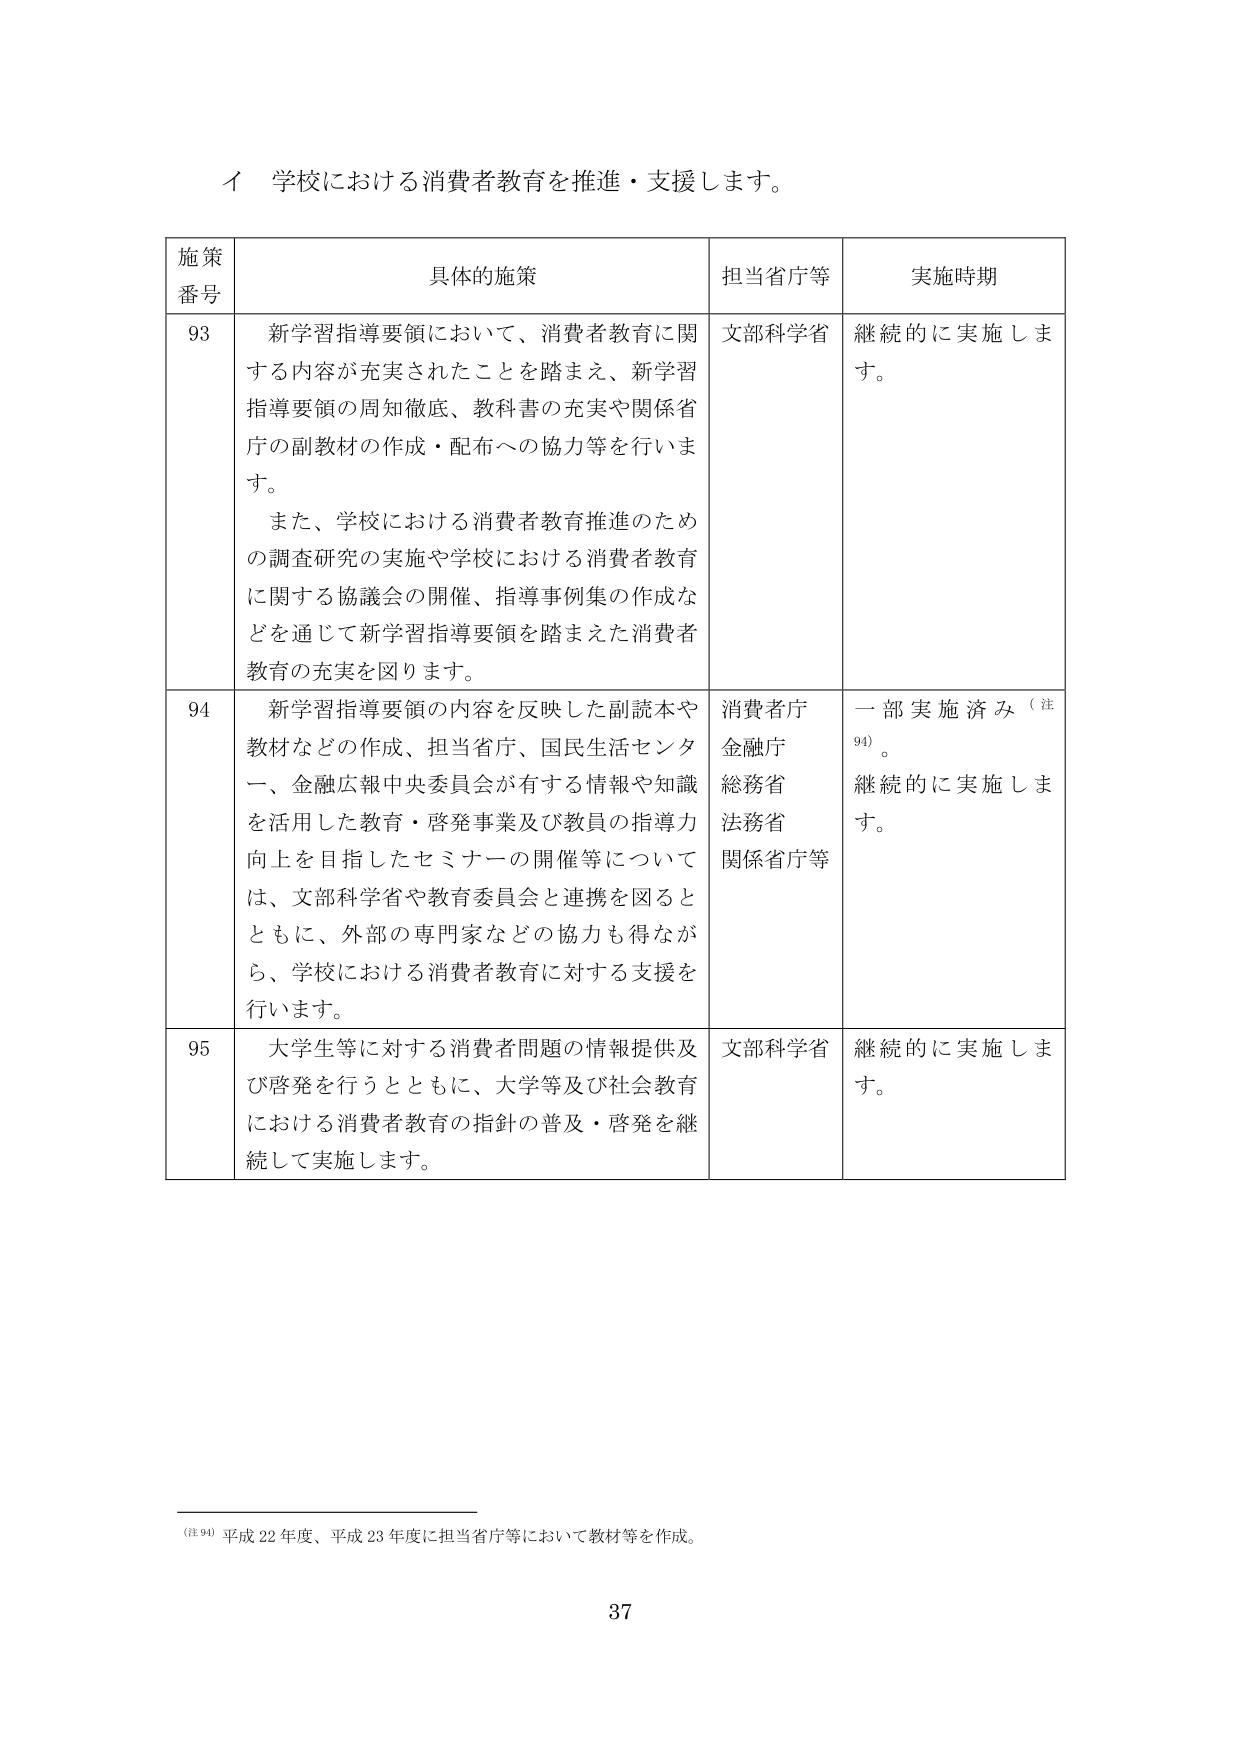
イ 学校における消費者教育を推進・支援します。

施策
番号	具体的施策	担当省庁等	実施時期
93	新学習指導要領において、消費者教育に関する内容が充実されたことを踏まえ、新学習指導要領の周知徹底、教科書の充実や関係省庁の副教材の作成・配布への協力等を行います。
また、学校における消費者教育推進のための調査研究の実施や学校における消費者教育に関する協議会の開催、指導事例集の作成などを通じて新学習指導要領を踏まえた消費者教育の充実を図ります。	文部科学省	継続的に実施します。
94	新学習指導要領の内容を反映した副読本や教材などの作成、担当省庁、国民生活センター、金融広報中央委員会が有する情報や知識を活用した教育・啓発事業及び教員の指導力向上を目指したセミナーの開催等については、文部科学省や教育委員会と連携を図るとともに、外部の専門家などの協力も得ながら、学校における消費者教育に対する支援を行います。	消費者庁
金融庁
総務省
法務省
関係省庁等	一部実施済み（注94）。
継続的に実施します。
95	大学生等に対する消費者問題の情報提供及び啓発を行うとともに、大学等及び社会教育における消費者教育の指針の普及・啓発を継続して実施します。	文部科学省	継続的に実施します。

（注94）平成22年度、平成23年度に担当省庁等において教材等を作成。

37